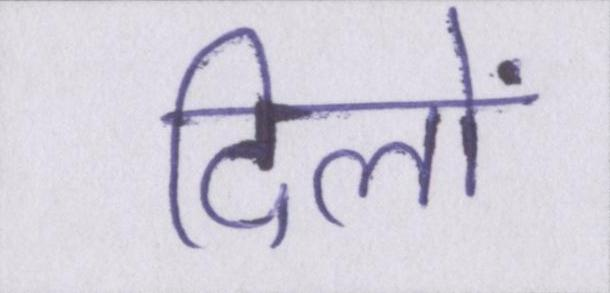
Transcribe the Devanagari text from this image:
दिलों